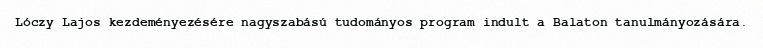
Lóczy Lajos kezdeményezésére nagyszabású tudományos program indult a Balaton tanulmányozására.